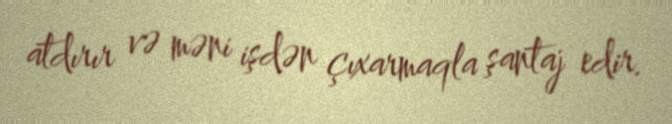
atdırır və məni işdən çıxarmaqla şantaj edir.